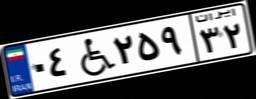
۰۴W۲۵۹۳۲